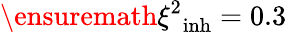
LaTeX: \ensuremath{\xi^{2}}_{\mathrm{inh}}=0.3